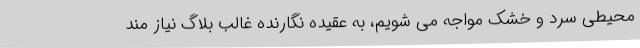
محیطی سرد و خشک مواجه می شویم، به عقیده نگارنده غالب بلاگ نیاز مند